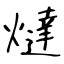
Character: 燵